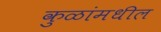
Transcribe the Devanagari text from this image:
कुळांमधील